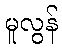
မူလွန်